Jaan_Tonisson_(Lasteleht), lk 69
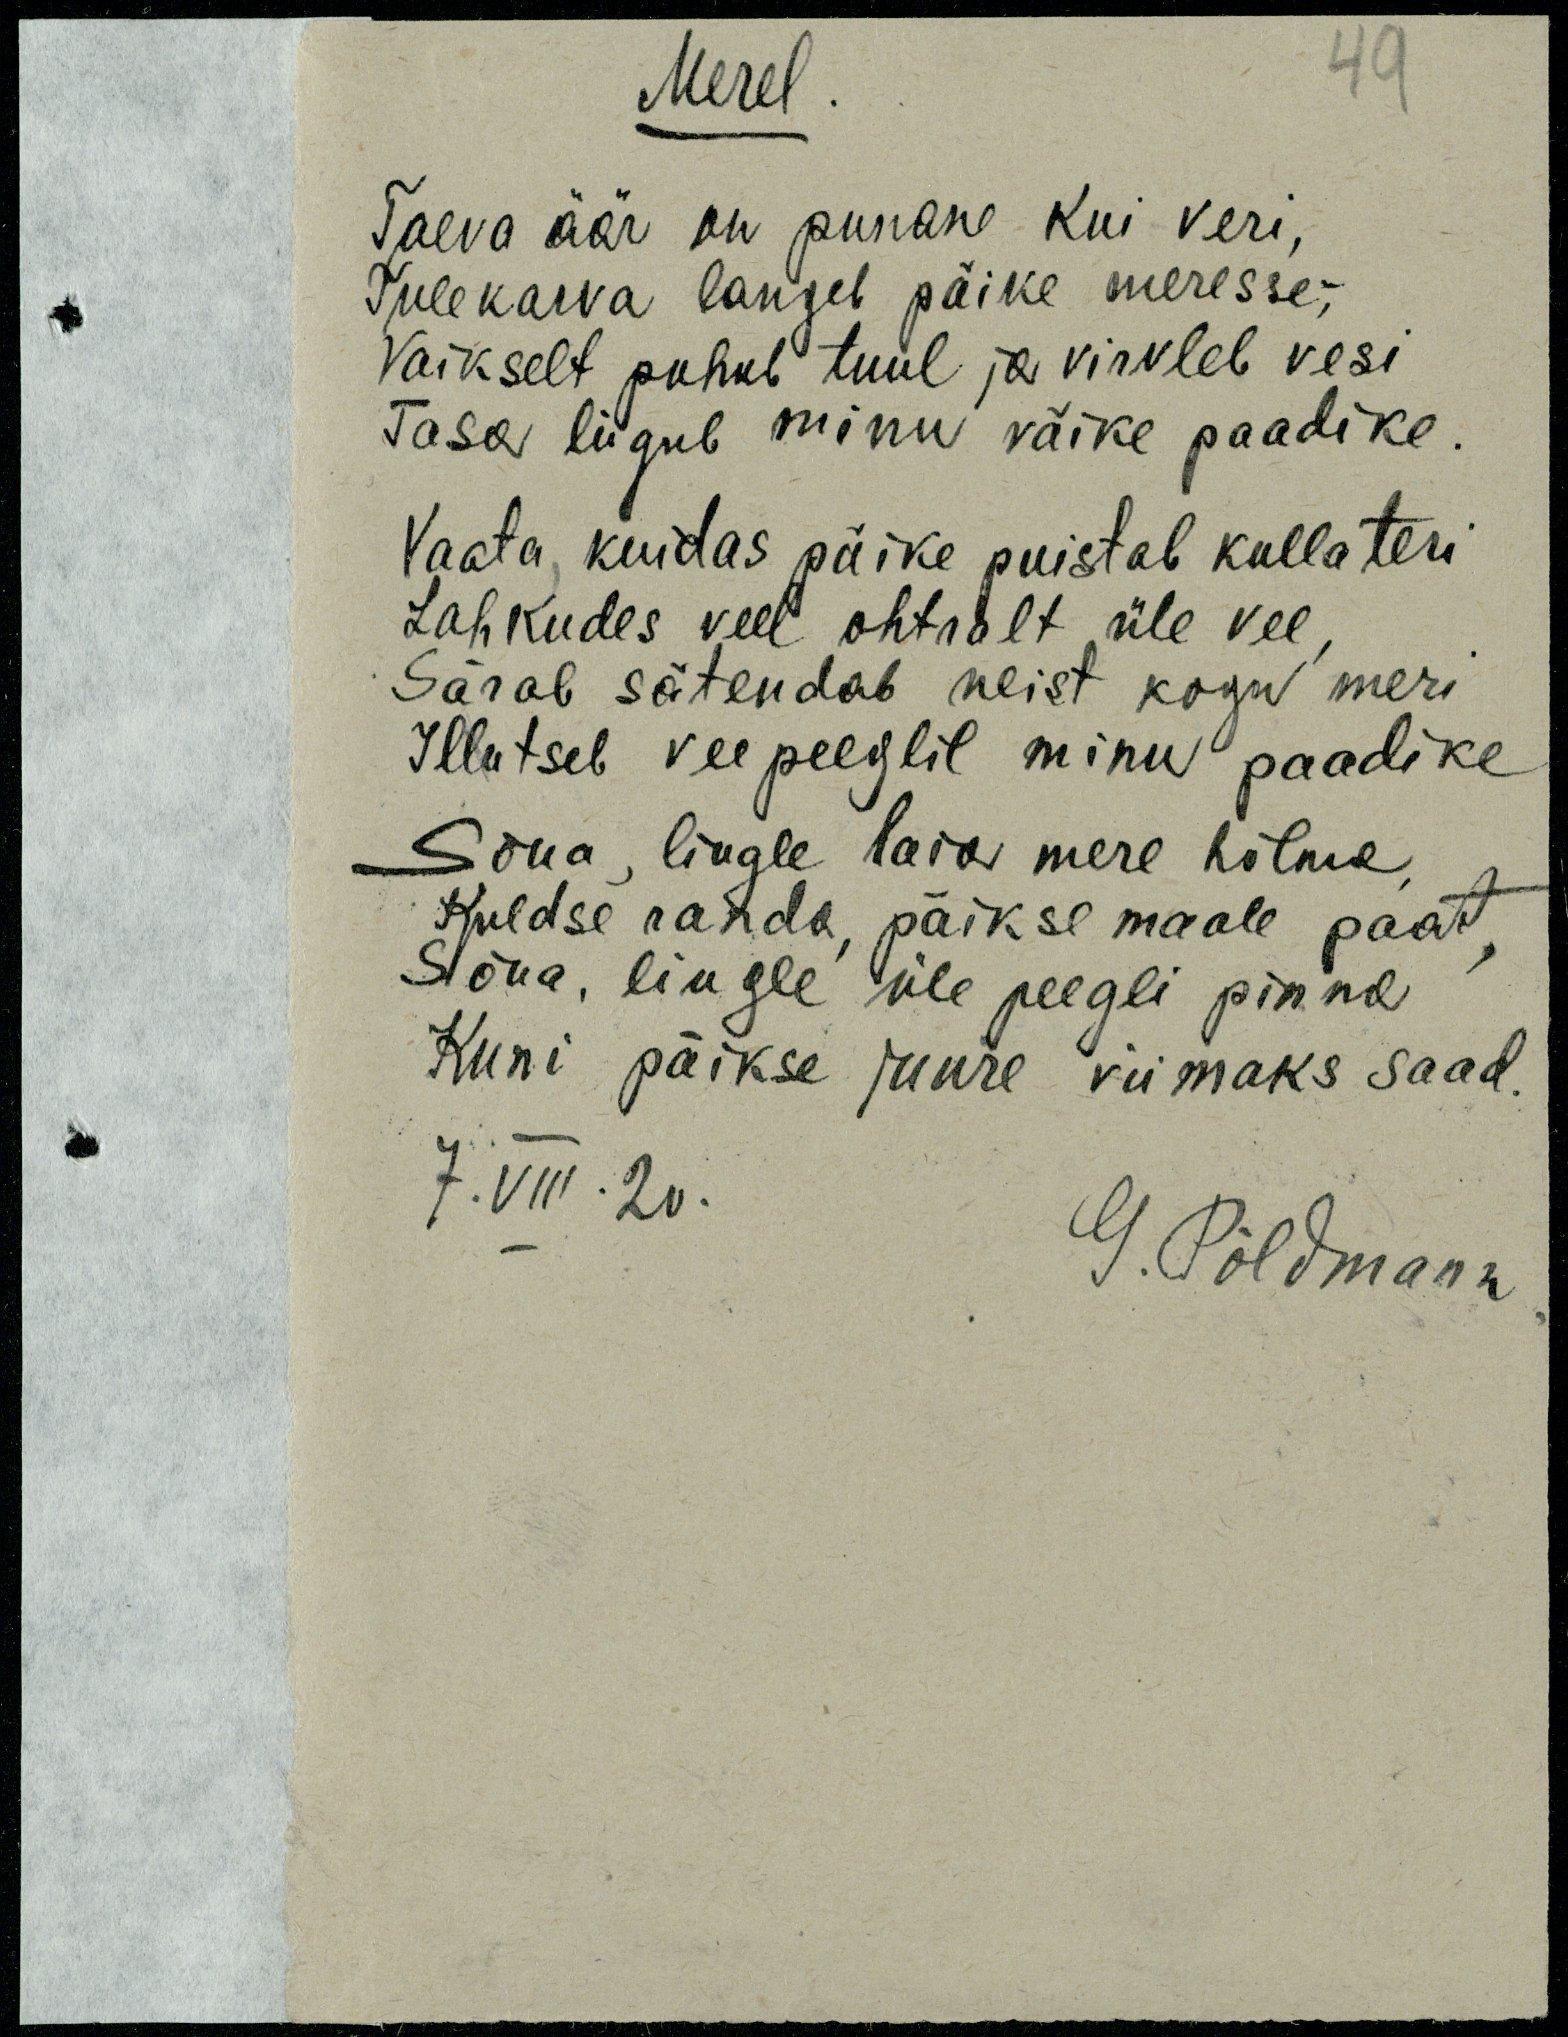
49
Merel
Taeva äär on punane kui veri,
Tulekarva langeb päike meresse-,
vaikselt puhub tuul ja virvleb vesi
Tasa liigub minu väike paadike.
Vaata kuidas päike puistab kullateri
Lahkudes veel ohtralt üle vee,
Särab sätendab neist kogu meri
Illutseb vee peeglil minu paadike
Sõua, liugle laia mere hõlma,
Kuldse randa, päikse maale paat,
Sõua, liugle üle peegli pinna
Kuni päikse juure viimaks saad.
7. VIII. 20.
G. Põldmann